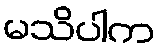
မသိပါက